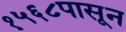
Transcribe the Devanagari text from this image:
१५६८पासून